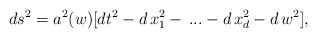
\begin{align*}ds^2 = a^2(w) [ dt^2 - d\,x_1^2 -\,...-d\,x_{d}^2 - d\,w^2],\end{align*}